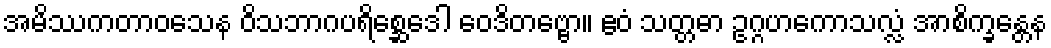
အမိဿကတာဝသေန ဝိသဘာဂပရိစ္ဆေဒေါ ဝေဒိတဗ္ဗော။ ဧဝံ သတ္တဓာ ဥဂ္ဂဟကောသလ္လံ အာစိက္ခန္တေန